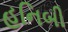
હનિબી